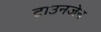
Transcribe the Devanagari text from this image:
टाउनजेन